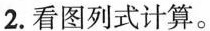
2.看图列式计算。